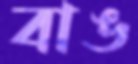
বাঙ